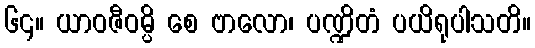
၆၄။ ယာဝဇီဝမ္ပိ စေ ဗာလော၊ ပဏ္ဍိတံ ပယိရုပါသတိ။